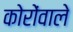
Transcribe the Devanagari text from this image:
कोरोंवाले